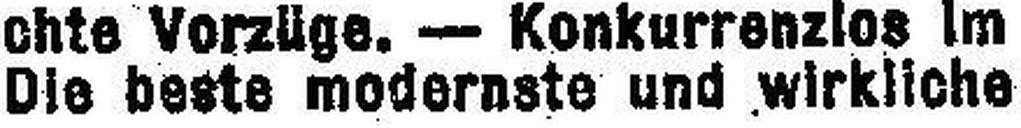
Die beste modernste und wirkliche